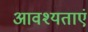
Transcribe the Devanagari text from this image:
आवश्यताएं